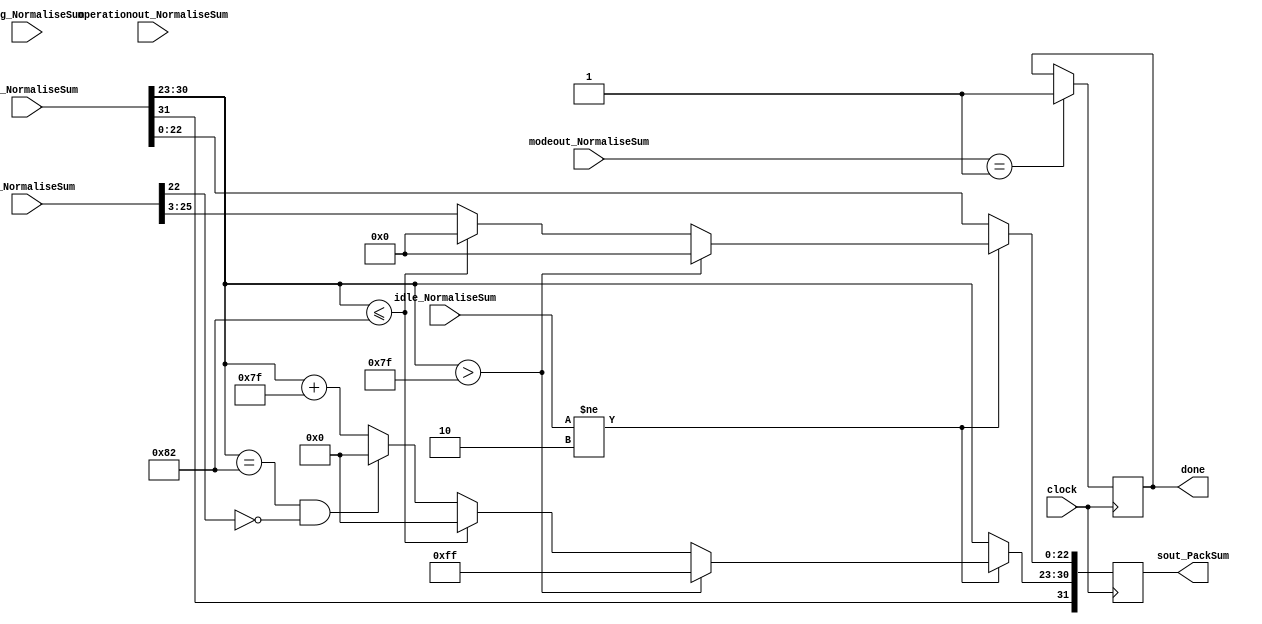
module PackSum_y(
	input [1:0] idle_NormaliseSum,
	input [31:0] sout_NormaliseSum,
	input [1:0] modeout_NormaliseSum,
	input operationout_NormaliseSum,
	input [27:0] sum_NormaliseSum,
	input [7:0] InsTag_NormaliseSum,
	input clock,
	output reg [31:0] sout_PackSum,
	output reg done = 1'b0
    );
	 
parameter mode_circular  =2'b01, 
			 mode_linear    =2'b00, 
			 mode_hyperbolic=2'b11;

parameter no_idle = 2'b00,
			 allign_idle = 2'b01,
			 put_idle = 2'b10;

wire s_sign;
wire [7:0] s_exponent;

assign s_sign = sout_NormaliseSum[31];
assign s_exponent = sout_NormaliseSum[30:23];

always @ (posedge clock)
begin
	
	if (modeout_NormaliseSum == mode_circular) begin
		done <= 1'b1;
	end		
	
	if (idle_NormaliseSum != put_idle) begin
		sout_PackSum[22:0] <= sum_NormaliseSum[25:3];
		sout_PackSum[30:23] <= s_exponent + 127;
		sout_PackSum[31] <= s_sign;
      if ($signed(s_exponent) == -126 && sum_NormaliseSum[22] == 0) begin
         sout_PackSum[30 : 23] <= 0;
      end
		  
		if ($signed(s_exponent) <= -126) begin
			sout_PackSum[30 : 23] <= 0;
			sout_PackSum[22:0] <= 0;
		end
		  
        //if overflow occurs, return inf
      if ($signed(s_exponent) > 127) begin
         sout_PackSum[22 : 0] <= 0;
         sout_PackSum[30 : 23] <= 255;
         sout_PackSum[31] <= s_sign;
      end		
	end
	
	else begin
		sout_PackSum <= sout_NormaliseSum;
	end
end


endmodule